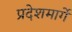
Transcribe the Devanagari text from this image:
प्रदेशमार्गे